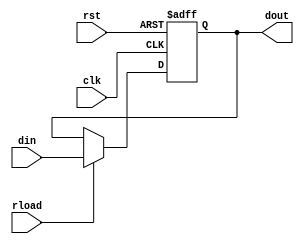
/*R 12-7*/
module r(din, clk, rst,rload, dout);
input clk,rst,rload;
input [7:0]din;
output reg[7:0]dout;
always@(posedge clk or negedge rst)
begin
	if(rst==0)
		dout<=0;
	else if(rload)
		dout<=din;
end
endmodule